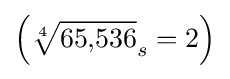
\left({\sqrt[{4}]{65{,}536}}_{s}=2\right)